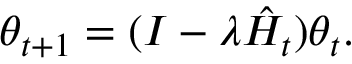
\theta _ { t + 1 } = ( I - \lambda \hat { H } _ { t } ) \theta _ { t } .